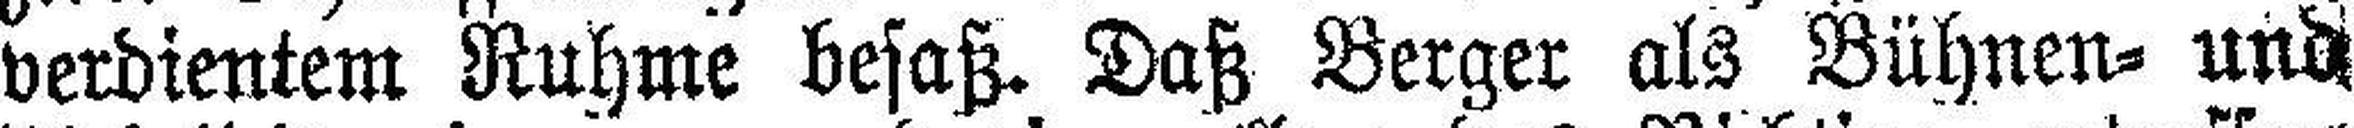
verdientem Ruhme besaß. Daß Berger als Bühnen= und